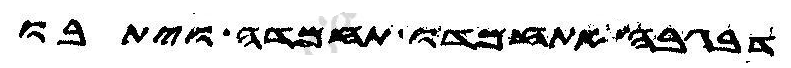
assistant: דבגבה אתחמדו תחמדה ויתבו